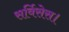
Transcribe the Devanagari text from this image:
सर्विसेस।